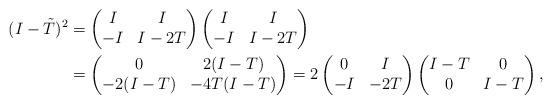
LaTeX: \begin{align*}(I-\tilde{T})^2 &= \begin{pmatrix}I & I\\-I & I-2T\end{pmatrix}\begin{pmatrix}I & I\\-I & I-2T\end{pmatrix}\\&=\begin{pmatrix}0 & 2(I-T)\\-2(I-T) & -4T(I-T)\end{pmatrix}=2\begin{pmatrix}0 & I\\-I & -2T\end{pmatrix}\begin{pmatrix}I-T & 0\\0 & I-T\end{pmatrix},\end{align*}